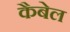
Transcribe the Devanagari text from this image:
कैबेल